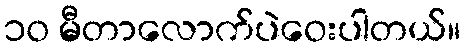
၁၀ မီတာလောက်ပဲဝေးပါတယ်။